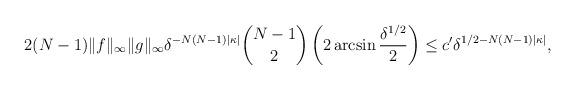
LaTeX: \begin{gather*}2(N-1)\Vert f\Vert _{\infty}\Vert g\Vert _{\infty}\delta^{-N(N-1) \vert \kappa\vert }\binom{N-1}{2}\left( 2\arcsin\frac{\delta^{1/2}}{2}\right) \leq c^{\prime}\delta^{1/2-N(N-1) \vert \kappa\vert },\end{gather*}